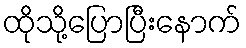
ထိုသို့ပြောပြီးနောက်